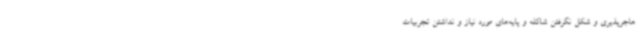
هاجرپذیری و شکل نگرفتن شاکله و پایه‌های مورد نیاز و نداشتن تجربیات